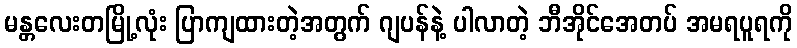
မန္တလေးတမြို့လုံး ပြာကျထားတဲ့အတွက် ဂျပန်နဲ့ ပါလာတဲ့ ဘီအိုင်အေတပ် အမရပူရကို